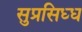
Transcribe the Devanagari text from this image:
सुप्रसिध्‍ध